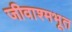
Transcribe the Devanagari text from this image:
जीवाश्मभूत